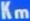
Km